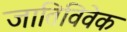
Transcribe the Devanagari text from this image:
जातिविवेक